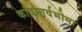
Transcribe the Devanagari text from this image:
कविसार्वभोमा